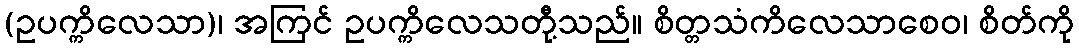
(ဥပက္ကိလေသာ)၊ အကြင် ဥပက္ကိလေသတီု့သည်။ စိတ္တသံကိလေသာစေဝ၊ စိတ်ကို